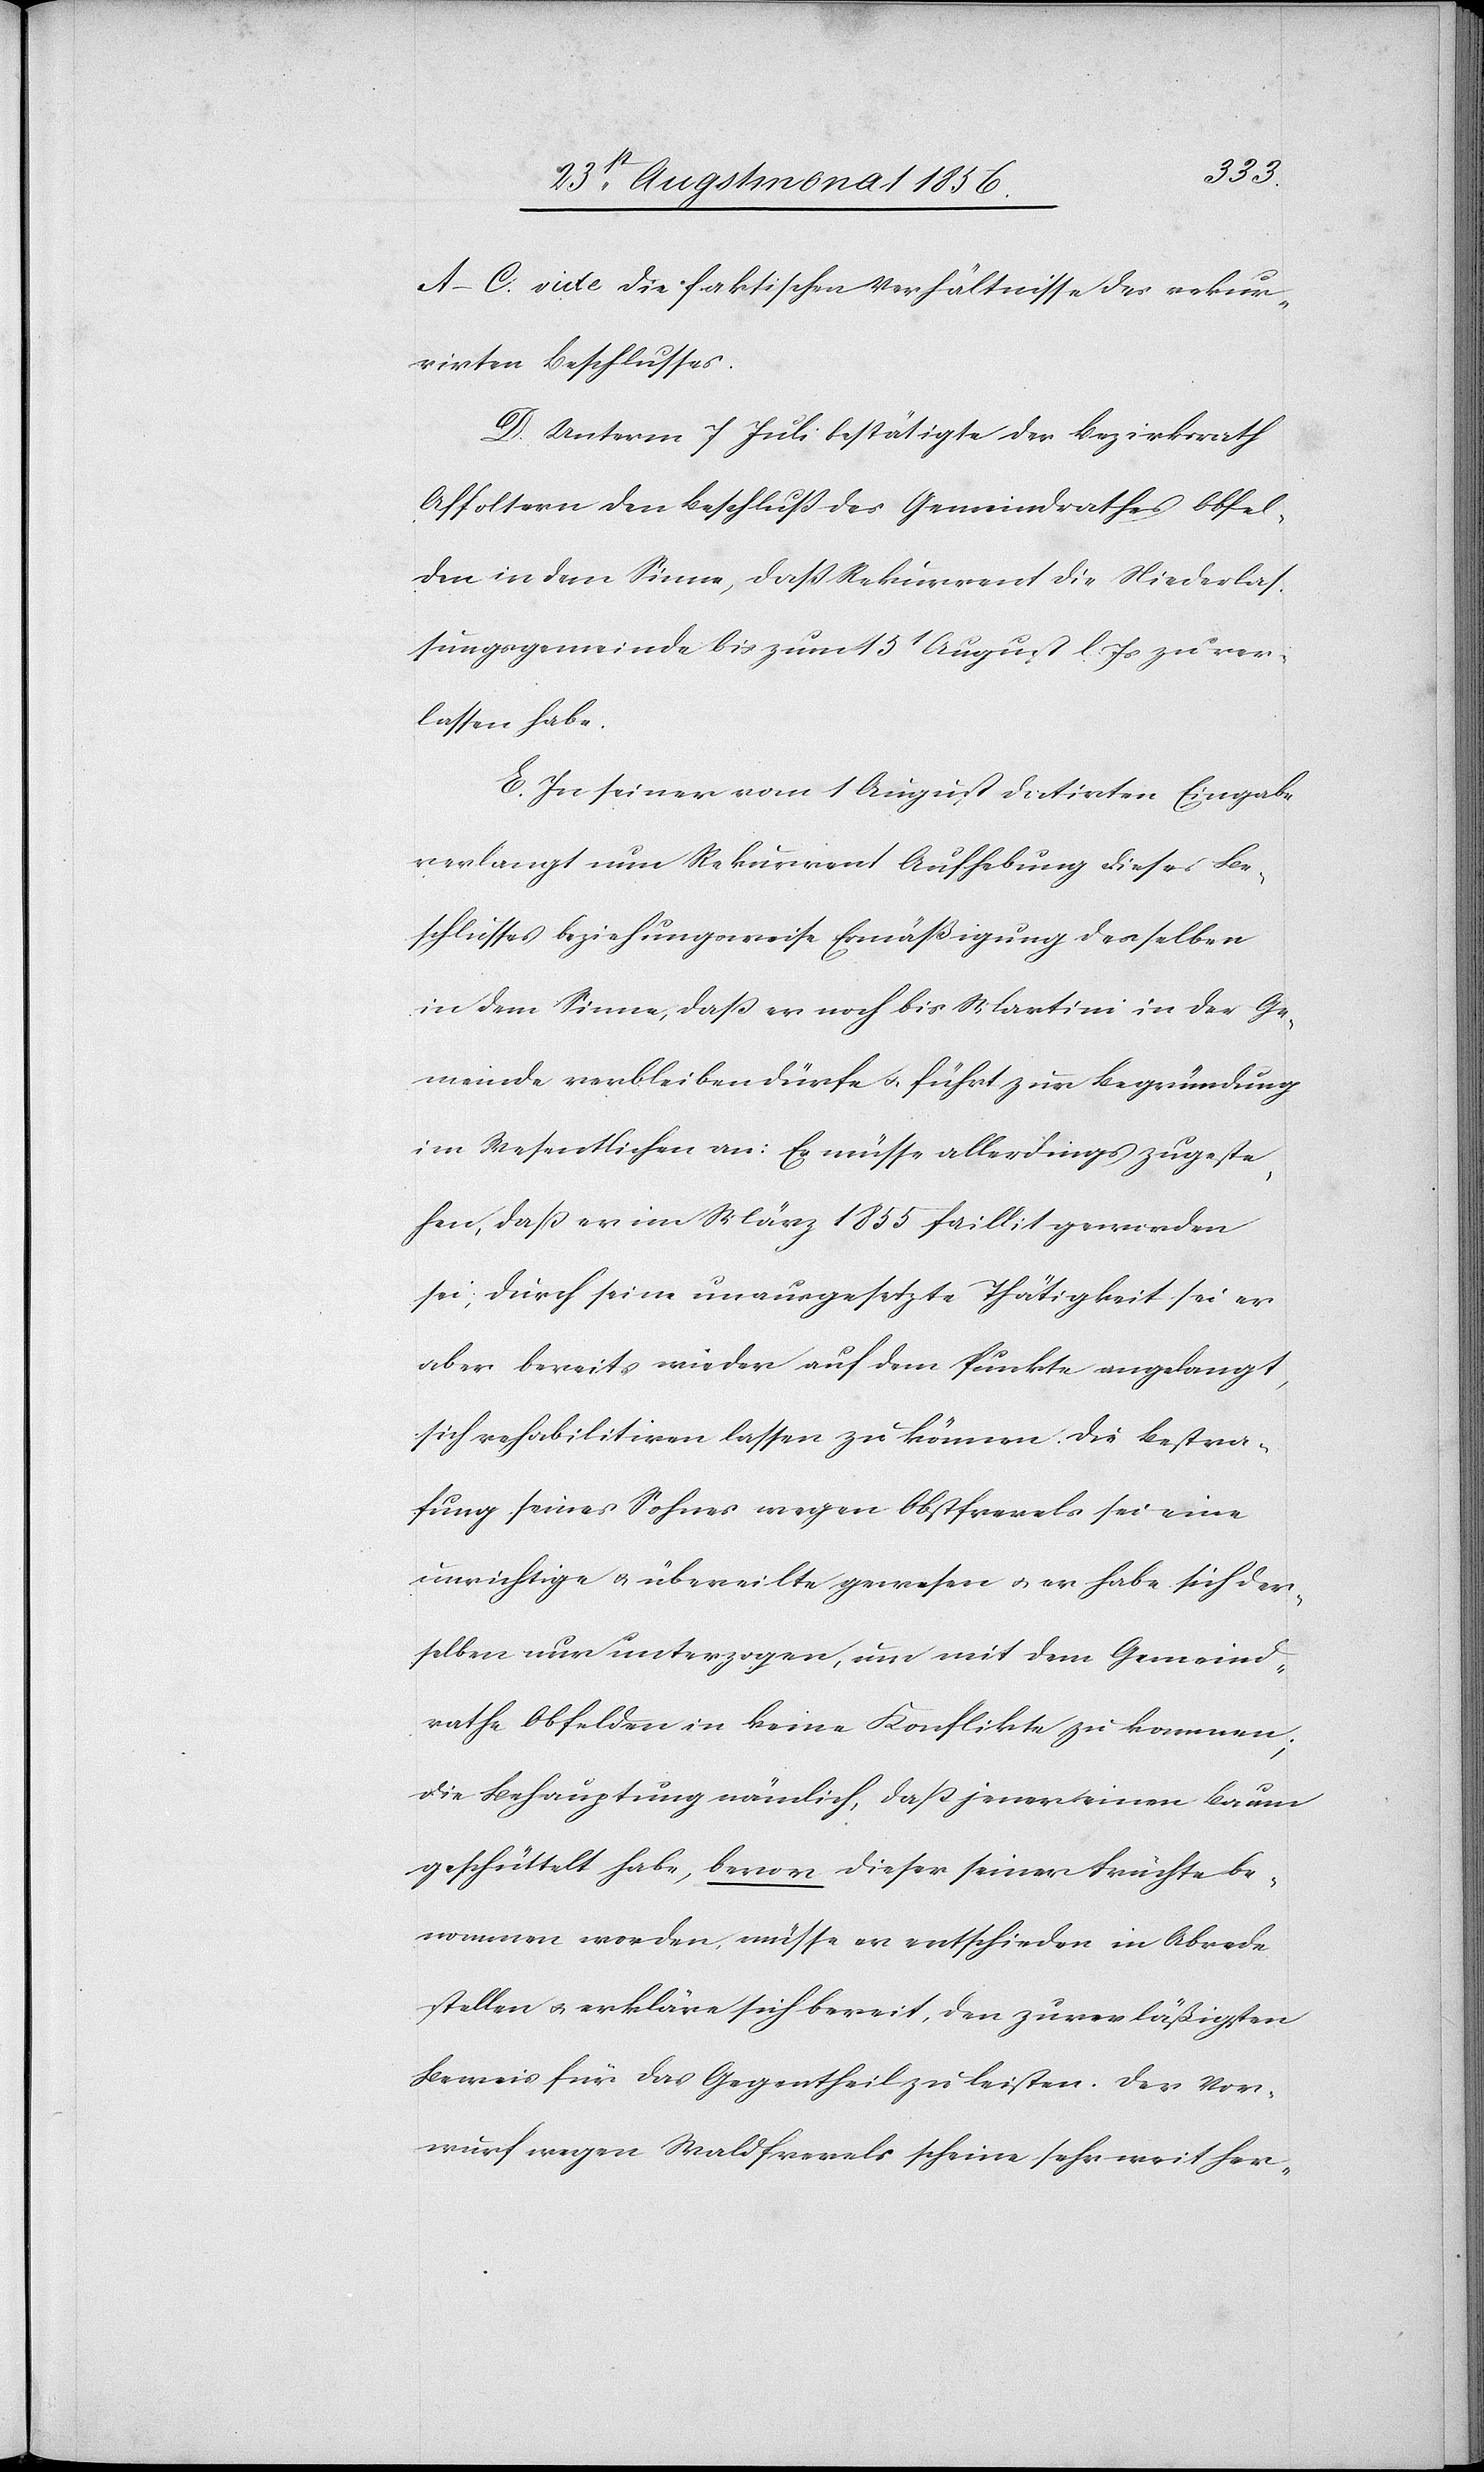
A–C. vide die faktischen Verhältnisse des rekur¬
rirten Beschlusses.
D. Unterm 7 Juli bestätigte der Bezirksrath
Affoltern den Beschluss des Gemeindrathes Obfel¬
den in dem Sinne, dass Rekurrent die Niederlas¬
sungsgemeinde bis zum 15t August l. Js zu ver¬
lassen habe.
E. In seiner vom 1 August datirten Eingabe
verlangt nun Rekurrent Aufhebung dieses Be¬
schlusses beziehungsweise Ermäßigung desselben
in dem Sinne, dass er noch bis Martini in der Ge¬
meinde verbleiben dürfe u. führt zur Begründung
im Wesentlichen an: Er müsse allerdings zugeste¬
hen, dass er im März 1855 faillit geworden
sei; durch seine unausgesetzte Thätigkeit sei er
aber bereits wieder auf dem Punkte angelangt,
sich rehabilitiren lassen zu können. Die Bestra¬
fung seines Sohnes wegen Obstfrevels sei eine
unwichtige u. übereilte gewesen u. er habe sich der¬
selben nur unterzogen, um mit dem Gemeind¬
rathe Obfelden in keine Konflikte zu kommen;
die Behauptung nämlich, dass jener einen Baum
geschüttelt habe, bevor dieser seiner Früchte be¬
nommen worden, müsse er entschieden in Abrede
stellen u. erkläre sich bereit, den zuverläßigsten
Beweis für das Gegentheil zu leisten. Der Vor¬
wurf wegen Waldfrevels scheine sehr weit her-